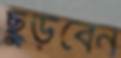
ছুড়বেন